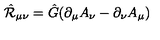
\hat { \cal R } _ { \mu \nu } = \hat { G } ( \partial _ { \mu } A _ { \nu } - \partial _ { \nu } A _ { \mu } )